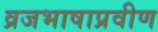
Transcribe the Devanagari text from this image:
व्रजभाषाप्रवीण